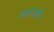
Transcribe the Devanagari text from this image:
बत्ताशी